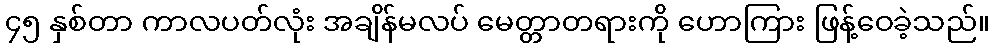
၄၅ နှစ်တာ ကာလပတ်လုံး အချိန်မလပ် မေတ္တာတရားကို ဟောကြား ဖြန့်ဝေခဲ့သည်။